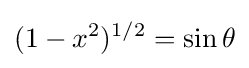
(1-x^{2})^{1/2}=\sin \theta